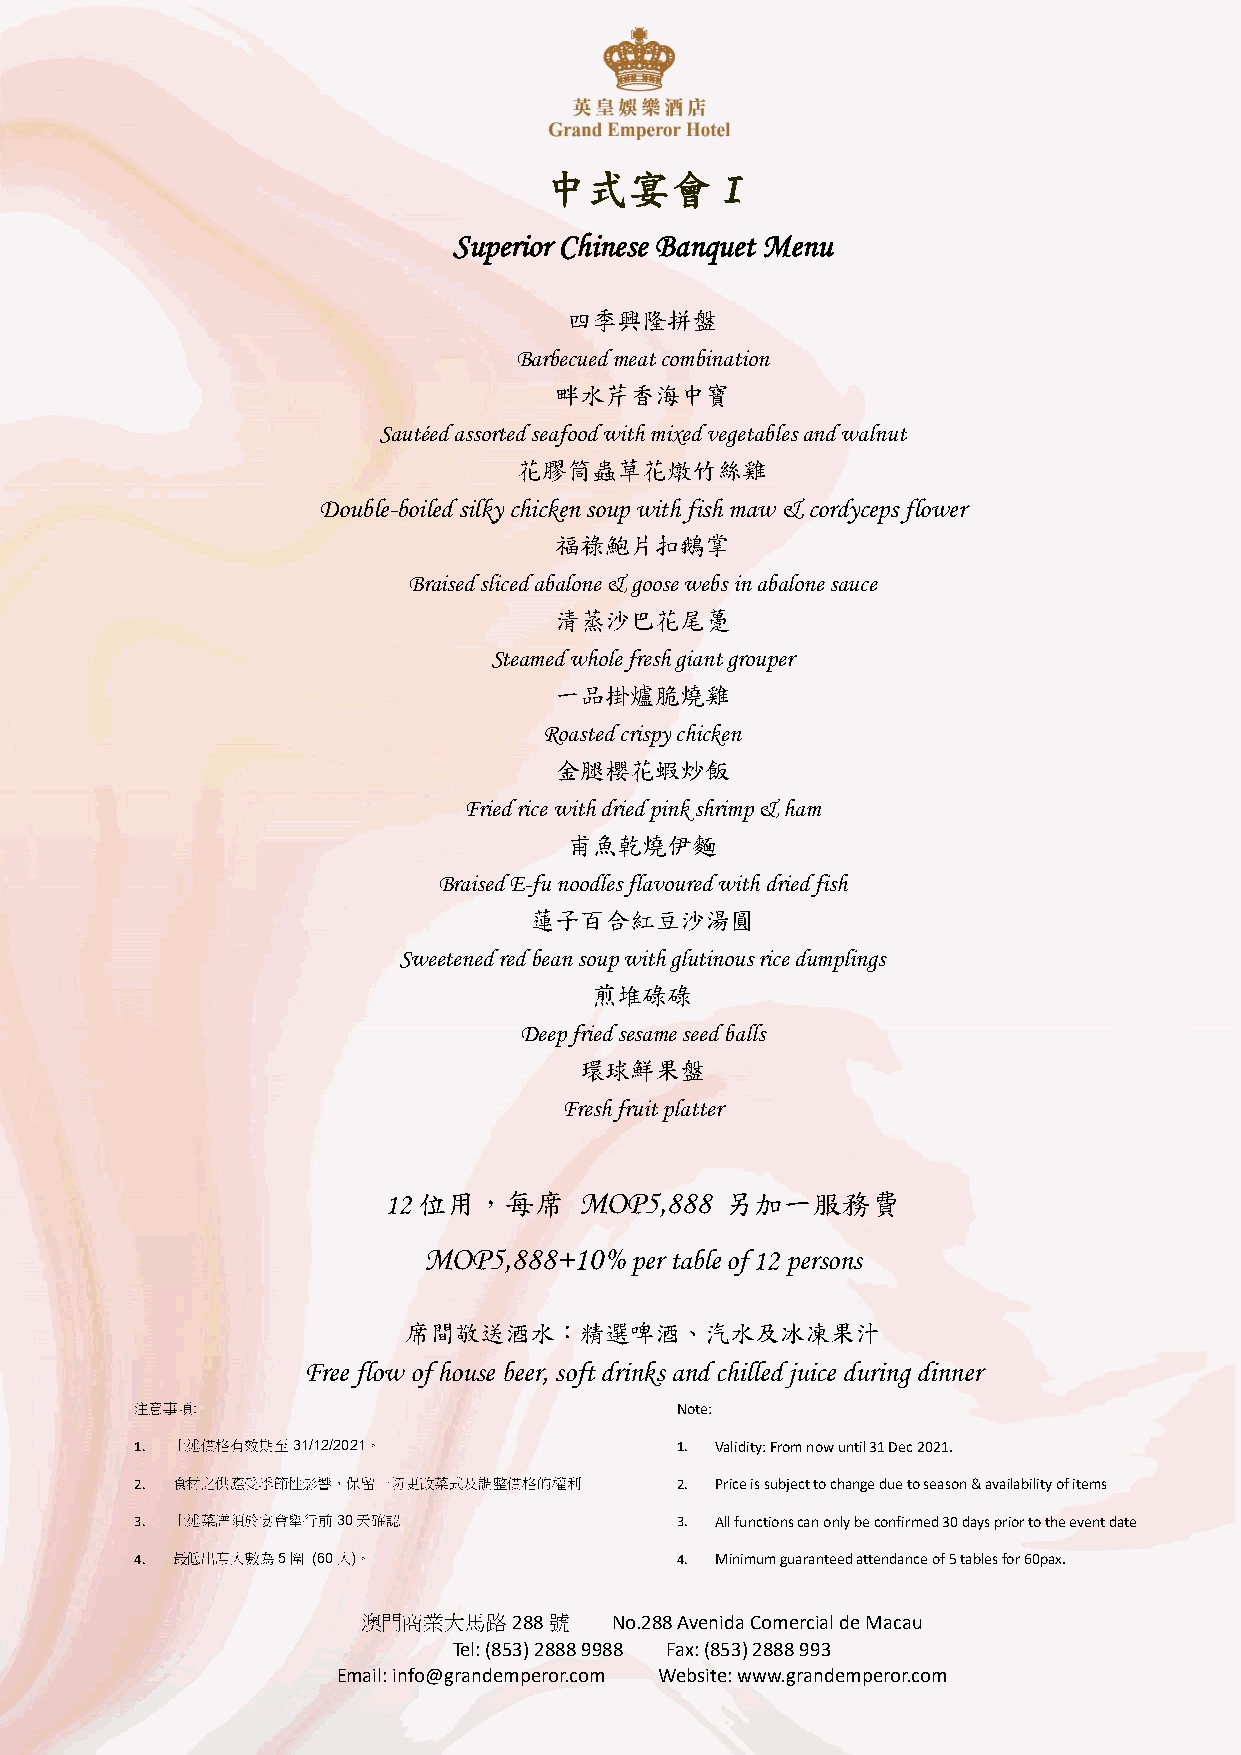
中式宴會
 I
 Superior Chinese Banquet Menu
 四季興隆拼盤
 Barbecued meat combination
 畔水芹香海中寶
 Sautéed assorted seafood with mixed vegetables and walnut
 花膠筒蟲草花燉竹絲雞
 Double-boiled silky chicken soup with fish maw & cordyceps flower
 福祿鮑片扣鵝掌
 Braised sliced abalone & goose webs in abalone sauce
 清蒸沙巴花尾躉
 Steamed whole fresh giant grouper
 一品掛爐脆燒雞
 Roasted crispy chicken
 金腿櫻花蝦炒飯
 Fried rice with dried pink shrimp & ham
 甫魚乾燒伊麵
 Braised E-fu noodles flavoured with dried fish
 蓮子百合紅豆沙湯圓
 Sweetened red bean soup with glutinous rice dumplings
 煎堆碌碌
 Deep fried sesame seed balls
 環球鮮果盤
 Fresh fruit platter
 12 位用，每席     MOP5,888  另加一服務費
 MOP5,888+10%  per table of 12 persons
 席間敬送酒水：精選啤酒、汽水及冰凍果汁
 Free flow of house beer, soft drinks and chilled juice during dinner
 注意事項:                               Note:
 1. 上述價格有效期至31/12/2021。              1. Validity: From now until 31 Dec 2021.
 2. 食材之供應受季節性影響，保留一切更改菜式及調整價格的權利     2. Price is subject to change due to season & availability of items
 3. 上述菜譜須於宴會舉行前30天確認                 3. All functions can only be confirmed 30 days prior to the event date
 4. 最低出席人數為5圍 (60人)。                 4. Minimum guaranteed attendance of 5 tables for 60pax.
 澳門商業大馬路288號     No.288 Avenida Comercial de Macau
 Tel: (853) 2888 9988 Fax: (853) 2888 993
 Email: info@grandemperor.com Website: www.grandemperor.com